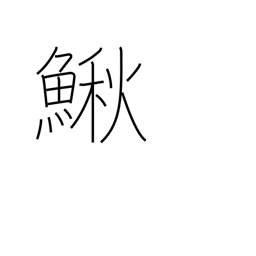
Meaning: bullhead